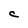
Character: C